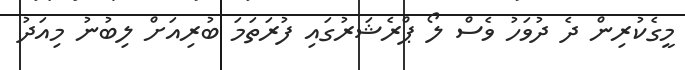
މީގެކުރިން ދެ ދުވަހު ވެސް ލޯ ޕްރެޝަރުގައި ފުރަތަމަ ބުރިއަށް ލިބުނު މިއަދު